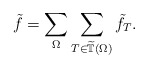
\begin{align*}\tilde f = \sum_{\Omega} \sum_{T \in \widetilde{\mathbb T}(\Omega)} \tilde f_T.\end{align*}